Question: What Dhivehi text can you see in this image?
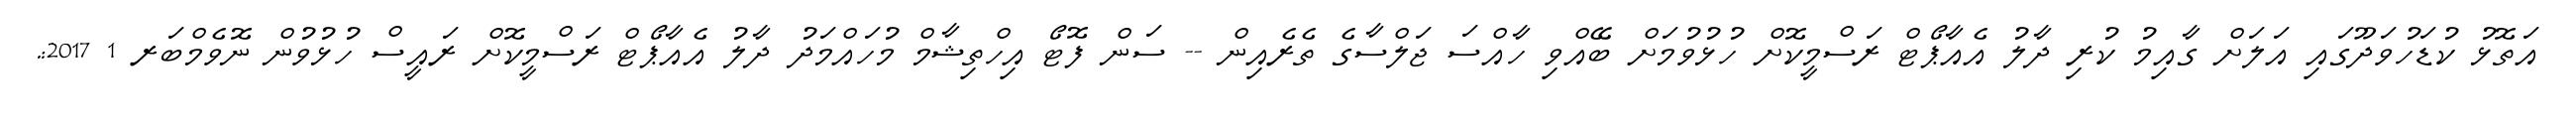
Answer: އަތޮޅު ކުޑަހުވަދޫގައި އަލަށް ގާއިމު ކުރި ދާލު އެއާޕޯޓް ރަސްމީކޮށް ހުޅުވުމަށް ބޭއްވި ހާއްސަ ޖަލްސާގެ ތެރެއިން -- ސަން ފޮޓޯ އިހްތިޝާމް މުހައްމަދު ދާލު އެއާޕޯޓް ރަސްމީކޮށް ރައީސް ހުޅުވުން ނޮވެމްބަރ 1 2017:.